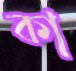
কা